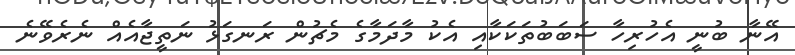
އޭނާ ބުނީ އެހުރިހާ ސަބަބުތަކަކާއި އެކު މާދަމާގެ މެޗުން ރަނގަޅު ނަތީޖާއެއް ނެރެވޭނެ